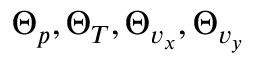
\boldsymbol { \Theta } _ { p } , \boldsymbol { \Theta } _ { T } , \boldsymbol { \Theta } _ { v _ { x } } , \boldsymbol { \Theta } _ { v _ { y } }